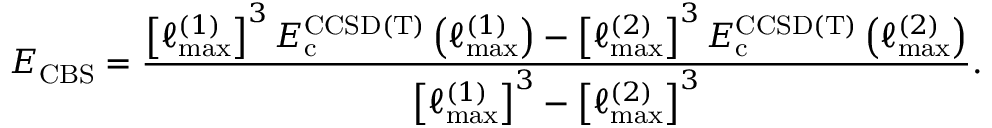
E _ { \mathrm { C B S } } = \frac { \left[ \ell _ { \mathrm { m a x } } ^ { ( 1 ) } \right] ^ { 3 } E _ { \mathrm { c } } ^ { \mathrm { C C S D ( T ) } } \left( \ell _ { \mathrm { m a x } } ^ { ( 1 ) } \right) - \left[ \ell _ { \mathrm { m a x } } ^ { ( 2 ) } \right] ^ { 3 } E _ { \mathrm { c } } ^ { \mathrm { C C S D ( T ) } } \left( \ell _ { \mathrm { m a x } } ^ { ( 2 ) } \right) } { \left[ \ell _ { \mathrm { m a x } } ^ { ( 1 ) } \right] ^ { 3 } - \left[ \ell _ { \mathrm { m a x } } ^ { ( 2 ) } \right] ^ { 3 } } .